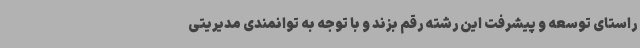
راستای توسعه و پیشرفت این رشته رقم بزند و با توجه به توانمندی مدیریتی